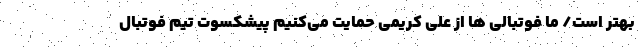
بهتر است/ ما فوتبالی ها از علی کریمی حمایت می‌کنیم پیشکسوت تیم فوتبال